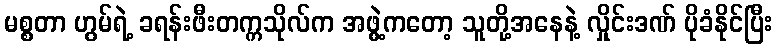
မစ္စတာ ဟွမ်ရဲ့ ခရန်းဖီးတက္ကသိုလ်က အဖွဲ့ကတော့ သူတို့အနေနဲ့ လှိုင်းဒဏ် ပိုခံနိုင်ပြီး